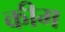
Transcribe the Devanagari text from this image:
कीम